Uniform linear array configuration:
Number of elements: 24
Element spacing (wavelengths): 0.25
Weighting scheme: kaiser
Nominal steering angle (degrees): -30
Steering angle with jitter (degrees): -30.704
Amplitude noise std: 0.05
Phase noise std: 0.05

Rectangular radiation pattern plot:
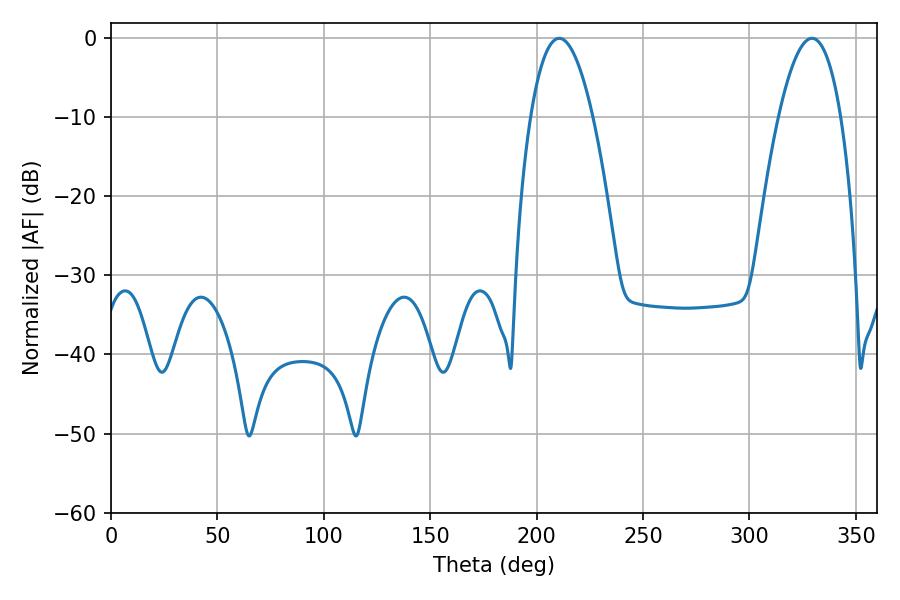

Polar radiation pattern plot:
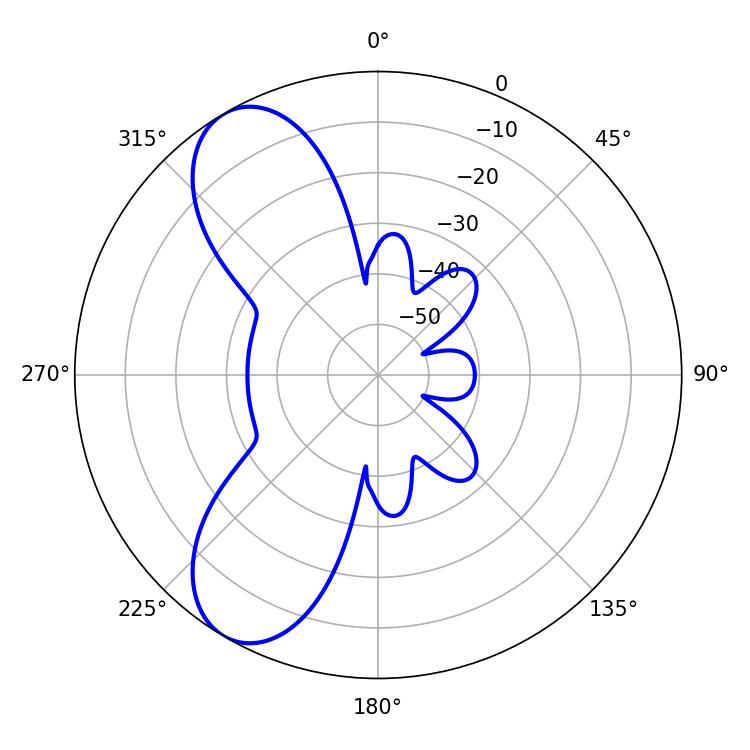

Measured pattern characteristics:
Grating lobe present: FALSE
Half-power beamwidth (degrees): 16.2
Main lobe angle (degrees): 210.6